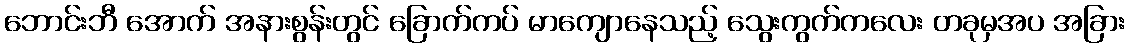
ဘောင်းဘီ အောက် အနားစွန်းတွင် ခြောက်ကပ် မာကျောနေသည့် သွေးကွက်ကလေး တခုမှအပ အခြား